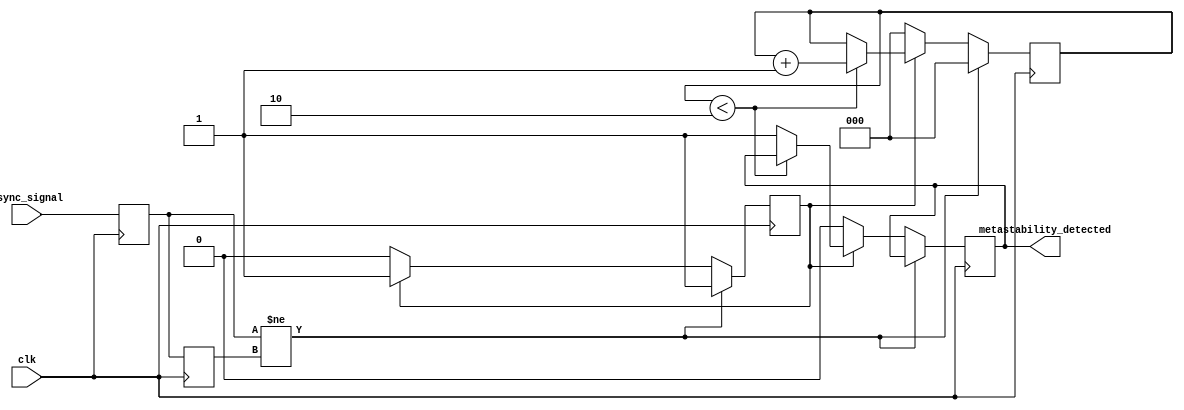
module metastability_detector #(
    parameter NUM_SAMPLES = 3 // Number of clock cycles to monitor
)(
    input wire clk,             // Sampling clock
    input wire async_signal,    // Asynchronous input signal (potentially metastable)
    output reg metastability_detected // Indicates if metastability has been detected
);

    // Internal signals for latch outputs
    reg latch1;
    reg latch2;
    reg [NUM_SAMPLES-1:0] sample_counter; // Counter for monitoring metastability
    reg unstable_output; // Indicates if the output is unstable

    // Initialize registers
    initial begin
        latch1 = 1'b0;
        latch2 = 1'b0;
        metastability_detected = 1'b0;
        sample_counter = 0;
        unstable_output = 1'b0;
    end

    // Latch1 samples the async_signal on the rising edge of the clock
    always @(posedge clk) begin
        latch1 <= async_signal;
    end

    // Latch2 samples the output of Latch1 on the next clock edge
    always @(posedge clk) begin
        latch2 <= latch1;
        
        // Check for unstable output (rising and falling)
        if (latch1 != latch2) begin
            unstable_output <= 1'b1; // Output is unstable
            sample_counter <= 0;      // Reset counter
        end else if (unstable_output) begin
            if (sample_counter < NUM_SAMPLES - 1) begin
                sample_counter <= sample_counter + 1; // Increment the counter if unstable
            end else begin
                metastability_detected <= 1'b1; // Metastability detected
            end
        end else begin
            sample_counter <= 0; // Reset counter if stable
            metastability_detected <= 1'b0; // Reset detection flag
            unstable_output <= 1'b0; // Reset unstable output flag
        end
    end

endmodule